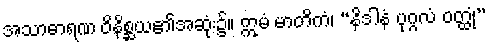
အသာဓာရဏ ဝိနိစ္ဆယ၏အဆုံး၌။ ဣမံ မာတိကံ၊ “နိဒါနံ ပုဂ္ဂလံ ဝတ္ထုံ”